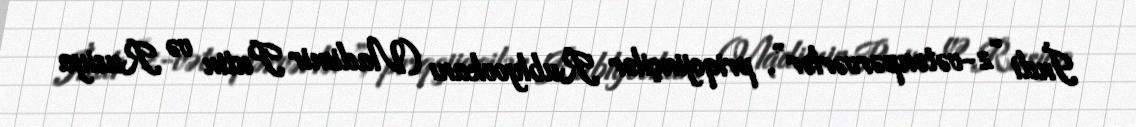
İndi “z-vətənpərvərlər”, priqojinçilər Rublyovkanı (Vladimir Putin və Rusiya